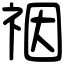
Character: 䄄